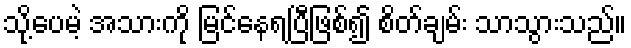
သို့ပေမဲ့ အသားကို မြင်နေရပြီဖြစ်၍ စိတ်ချမ်း သာသွားသည်။